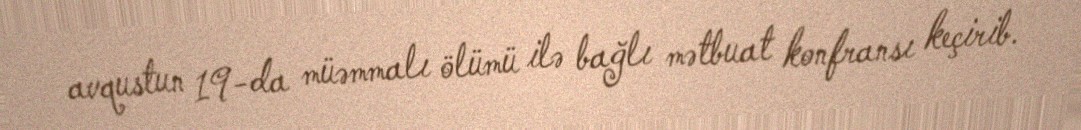
avqustun 19-da müəmmalı ölümü ilə bağlı mətbuat konfransı keçirib.